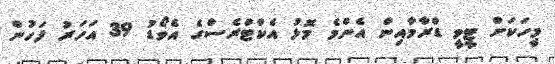
މީހަކަށް ޓީވީ ޑްރާމާއިން އެންމެ މޮޅު އެކްޓްރެސްގެ އެވޯޑު 39 އަހަރު ފަހުން